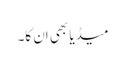
میڈیا بھی اِن کا۔